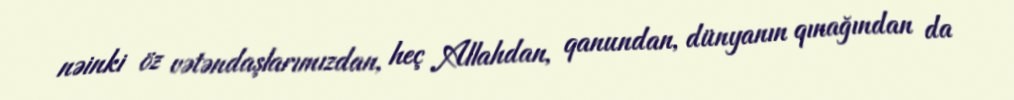
nəinki öz vətəndaşlarımızdan, heç Allahdan, qanundan, dünyanın qınağından da